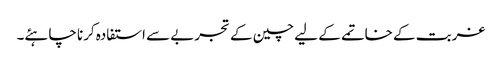
غربت کے خاتمے کے لیے چین کے تجربے سے استفادہ کرنا چاہئے۔